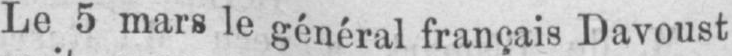
Le 5 mars le général français Davoust